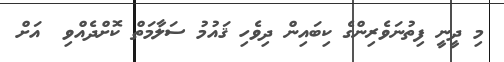
މި ދީނީ ފިތުނަވެރިންގެ ކިބައިން ދިވެހި ޤައުމު ސަލާމަތް ކޮށްދެއްވި  އަށް